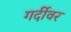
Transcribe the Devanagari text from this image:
गर्दीवर